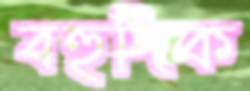
বহুদিক